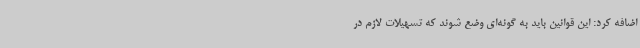
اضافه کرد: این قوانین باید به گونه‌ای وضع شوند که تسهیلات لازم در